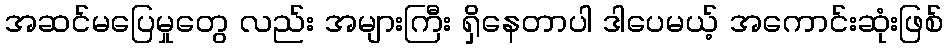
အဆင်မပြေမှုတွေ လည်း အများကြီး ရှိနေတာပါ ဒါပေမယ့် အကောင်းဆုံးဖြစ်